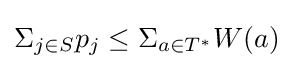
\Sigma _{j\in S}p_{j}\leq \Sigma _{a\in T^{*}}W(a)